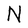
Character: N